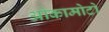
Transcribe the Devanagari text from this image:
ओकामोटो